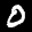
Label: 0